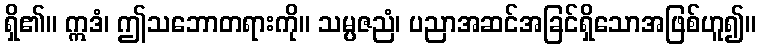
ရှိ၏။ ဣဒံ၊ ဤသဘောတရားကို။ သမ္ပဇညံ၊ ပညာအဆင်အခြင်ရှိသောအဖြစ်ဟူ၍။